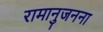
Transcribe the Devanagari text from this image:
रामानुजनना